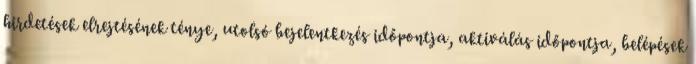
hirdetések elrejtésének ténye, utolsó bejelentkezés időpontja, aktiválás időpontja, belépések